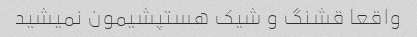
واقعا قشنگ و شیک هستپشیمون نمیشید